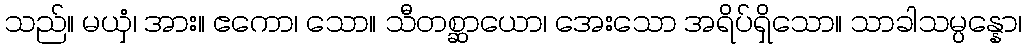
သည်။ မယှံ၊ အား။ ဧကော၊ သော။ သီတစ္ဆာယော၊ အေးသော အရိပ်ရှိသော။ သာခါသမ္ပန္နော၊